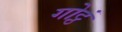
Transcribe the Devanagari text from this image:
गोट्ठं